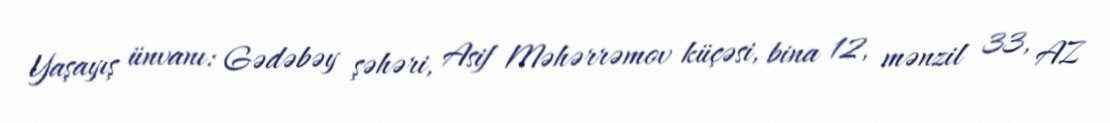
Yaşayış ünvanı: Gədəbəy şəhəri, Asif Məhərrəmov küçəsi, bina 12, mənzil 33, AZ